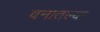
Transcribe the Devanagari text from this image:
वनातल्या